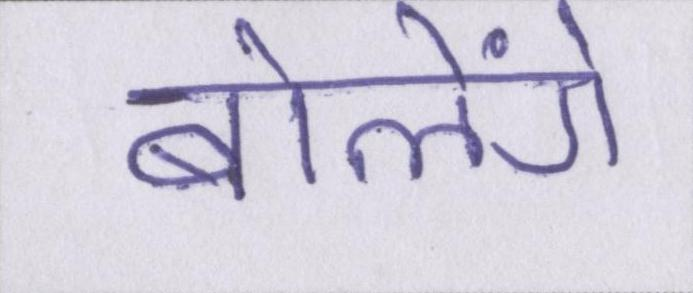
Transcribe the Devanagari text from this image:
बोलेंगे